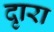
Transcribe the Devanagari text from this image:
दृारा